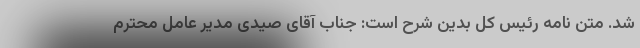
شد. متن نامه رئیس کل بدین شرح است: جناب آقای صیدی مدیر عامل محترم